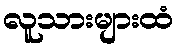
လူသားများထံ